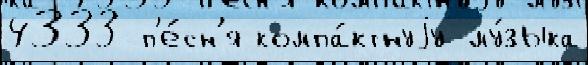
4333 п'е́сн'я компа́ктнуjу му́зыка